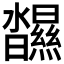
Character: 𤄥